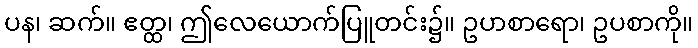
ပန၊ ဆက်။ ဧတ္ထ၊ ဤလေယောက်ပြူတင်း၌။ ဥပာစာရော၊ ဥပစာကို။